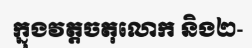
ក្នុងវត្តចតុលោក និង២-